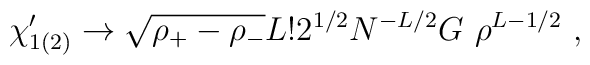
\chi'_{1(2)} \rightarrow \sqrt {\rho_+ - \rho_-}L! 2^{1/2}N^{-L/2} G ~\rho^{L-1/2}~,